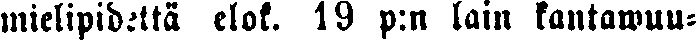
mielipidettä elok. 19 p:n lain kantawuu-